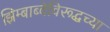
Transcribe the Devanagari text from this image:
झिम्बाब्वेविरूद्धच्या